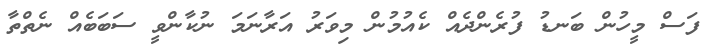
ފަސް މީހުން ބަނޑު ފުރެންދެއް ކެއުމުން މިވަރު އަރާނަމަ ނުކާންވީ ސަބަބެއް ނެތްތާ